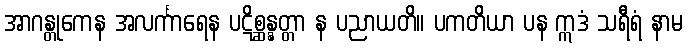
အာဂန္တုကေန အလင်္ကာရေန ပဋိစ္ဆန္နတ္တာ န ပညာယတိ။ ပကတိယာ ပန ဣဒံ သရီရံ နာမ